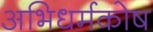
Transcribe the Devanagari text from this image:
अभिधर्मकोष